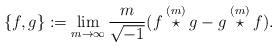
LaTeX: \begin{align*}\{f,g\}:=\lim_{m\to\infty}\frac{m}{\sqrt{-1}}(f\overset{(m)}{\star}g-g\overset{(m)}{\star}f).\end{align*}